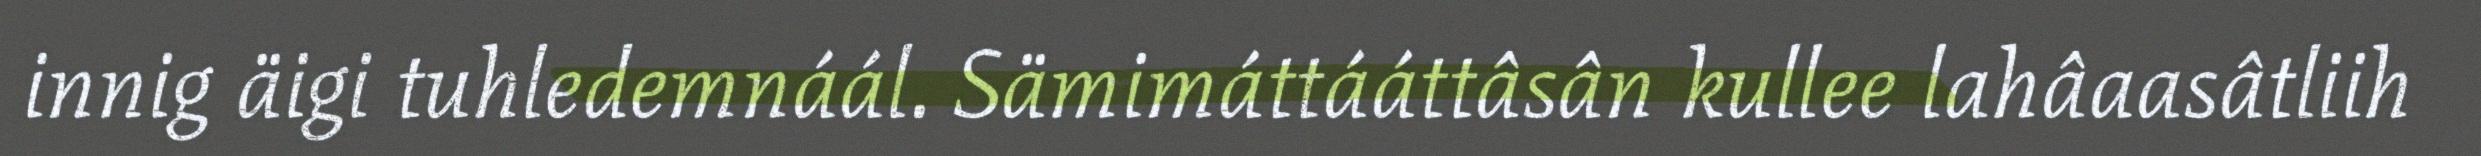
innig äigi tuhledemnáál. Sämimáttááttâsân kullee lahâaasâtliih